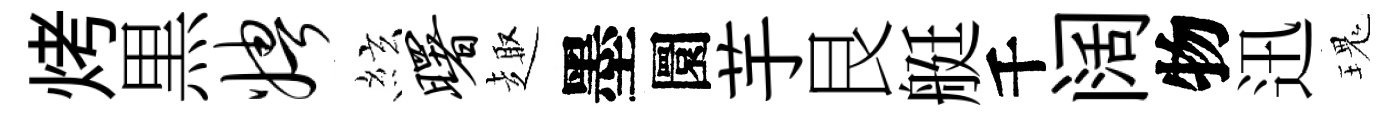
烤黒娉絃曙趣墨圜芋艮艇千阔物迅瑰